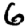
Digit: 6